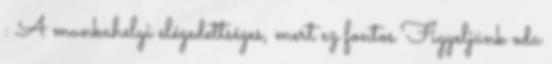
: A munkahelyi elégedettséges, mert ez fontos Figyeljünk oda